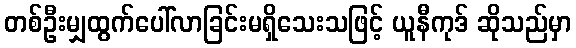
တစ်ဦးမျှထွက်ပေါ်လာခြင်းမရှိသေးသဖြင့် ယူနီကုဒ် ဆိုသည်မှာ